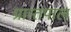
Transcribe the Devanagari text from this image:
प्रान्तपाल